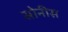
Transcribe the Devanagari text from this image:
सोनीस